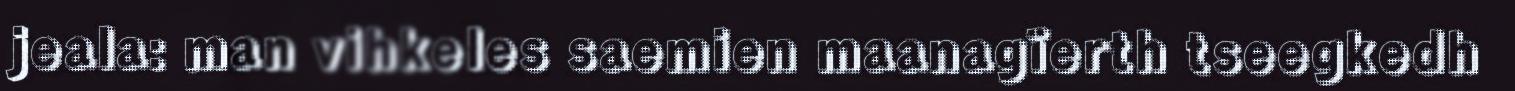
jeala: man vihkeles saemien maanagïerth tseegkedh